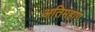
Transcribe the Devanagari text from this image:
अतिमहाग